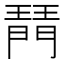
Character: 𤩟